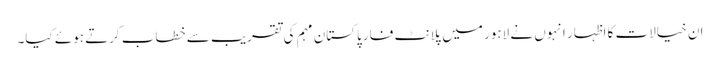
ان خیالات کا اظہار انہوں نے لاہور میں پلانٹ فار پاکستان مہم کی تقریب سے خطاب کرتے ہوئے کیا۔